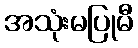
အသုံးမပြုမီ